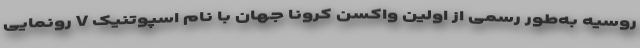
روسیه به‌طور رسمی از اولین واکسن کرونا جهان با نام اسپوتنیک V رونمایی